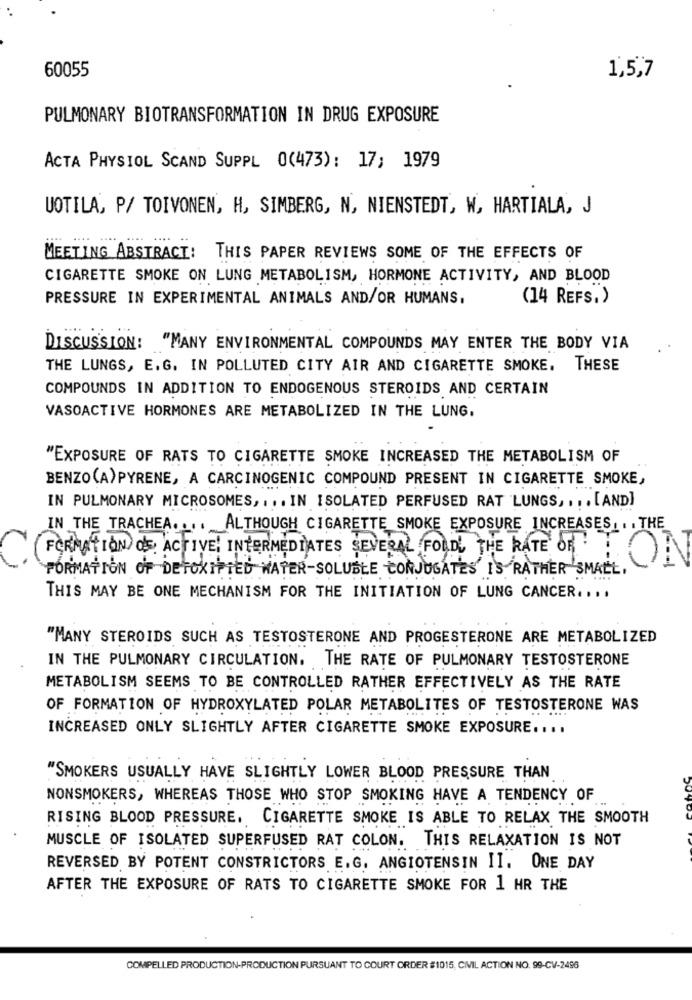
60055
1,5,7
PULMONARY BIOTRANSFORMATION IN DRUG EXPOSURE
ACTA PHYSIOL SCAND SUPPL 0(473): 17; 1979
UOTILA, P/ TOIVONEN, H, SIMBERG, N, NIENSTEDT, W, HARTIALA, J
MEETING ABSTRACT: THIS PAPER REVIEWS SOME OF THE EFFECTS OF
CIGARETTE SMOKE ON LUNG METABOLISM, HORMONE ACTIVITY, AND BLOOD
PRESSURE IN EXPERIMENTAL ANIMALS AND/OR HUMANS,
(14 REFS.)
DISCUSSION: "MANY ENVIRONMENTAL COMPOUNDS MAY ENTER THE BODY VIA
THE LUNGS, E. G. IN POLLUTED CITY AIR AND CIGARETTE SMOKE, THESE
COMPOUNDS IN ADDITION TO ENDOGENOUS STEROIDS AND CERTAIN
VASOACTIVE HORMONES ARE METABOLIZED IN THE LUNG.
"EXPOSURE OF RATS TO CIGARETTE SMOKE INCREASED THE METABOLISM OF
BENZO(A)PYRENE, A CARCINOGENIC COMPOUND PRESENT IN CIGARETTE SMOKE,
IN PULMONARY MICROSOMES ,... IN ISOLATED PERFUSED RAT LUNGS, ., . [AND]
IN THE TRACHEA .... ALTHOUGH CIGARETTE SMOKE EXPOSURE INCREASES, . . THE
FORMATION OF: ACTIVE! INTERMEDIATES SEVERAL FOLDL, THE RATE OF
FORMATION OF DETOXIPTED WATER-SOLUBLE CONJUGATES I'S RATHER SMALL,
THIS MAY BE ONE MECHANISM FOR THE INITIATION OF LUNG CANCER ....
"MANY STEROIDS SUCH AS TESTOSTERONE AND PROGESTERONE ARE METABOLIZED
IN THE PULMONARY CIRCULATION. THE RATE OF PULMONARY TESTOSTERONE
METABOLISM SEEMS TO BE CONTROLLED RATHER EFFECTIVELY AS THE RATE
OF FORMATION OF HYDROXYLATED POLAR METABOLITES OF TESTOSTERONE WAS
INCREASED ONLY SLIGHTLY AFTER CIGARETTE SMOKE EXPOSURE ....
"SMOKERS USUALLY HAVE SLIGHTLY LOWER BLOOD PRESSURE THAN
NONSMOKERS, WHEREAS THOSE WHO STOP SMOKING HAVE A TENDENCY OF
RISING BLOOD PRESSURE. CIGARETTE SMOKE IS ABLE TO RELAX THE SMOOTH
MUSCLE OF ISOLATED SUPERFUSED RAT COLON. THIS RELAXATION IS NOT
REVERSED BY POTENT CONSTRICTORS E. G. ANGIOTENSIN II. ONE DAY
AFTER THE EXPOSURE OF RATS TO CIGARETTE SMOKE FOR 1 HR THE
COMPELLED PRODUCTION-PRODUCTION PURSUANT TO COURT ORDER #1015, CIVIL ACTION NO. 99-CV-2496